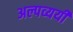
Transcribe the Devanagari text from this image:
अल्पव्ययी